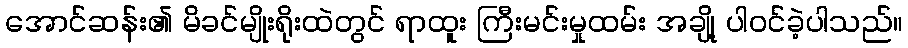
အောင်ဆန်း၏ မိခင်မျိုးရိုးထဲတွင် ရာထူး ကြီးမင်းမှုထမ်း အချို့ ပါဝင်ခဲ့ပါသည်။